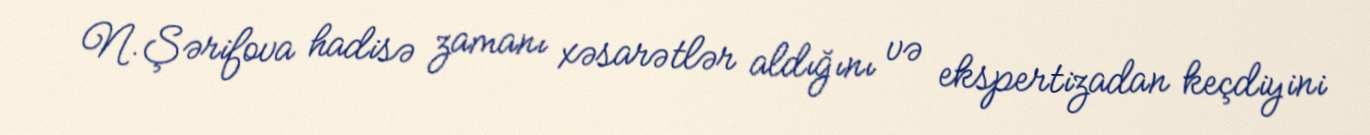
N.Şərifova hadisə zamanı xəsarətlər aldığını və ekspertizadan keçdiyini